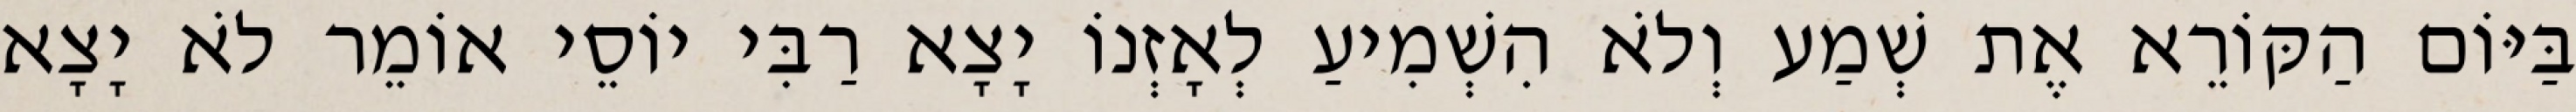
בַּיּוֹם הַקּוֹרֵא אֶת שְׁמַע וְלֹא הִשְׁמִיעַ לְאָזְנוֹ יָצָא רַבִּי יוֹסֵי אוֹמֵר לֹא יָצָא